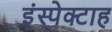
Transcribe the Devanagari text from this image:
इंस्पेक्टाह